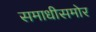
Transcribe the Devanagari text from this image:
समाधीसमोर